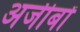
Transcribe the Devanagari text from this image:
अजीबों